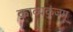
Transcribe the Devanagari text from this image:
काव्यकुंजम्